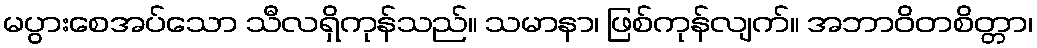
မပွားစေအပ်သော သီလရှိကုန်သည်။ သမာနာ၊ ဖြစ်ကုန်လျက်။ အဘာဝိတစိတ္တာ၊